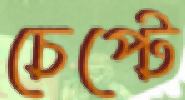
চেপ্‌টে